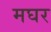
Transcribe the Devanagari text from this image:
मघर